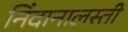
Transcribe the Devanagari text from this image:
निंदानालस्ती